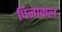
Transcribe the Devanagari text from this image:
पिनाकल